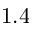
1 . 4